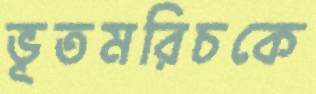
ভূতমরিচকে